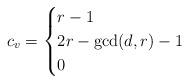
LaTeX: \begin{align*}c_v=\begin{cases}r-1&\\2r-\gcd(d,r)-1&\\0&\end{cases}\end{align*}